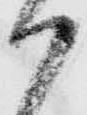
か